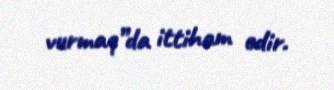
vurmaq”da ittiham edir.